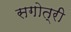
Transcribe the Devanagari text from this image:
सगोत्री